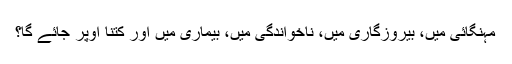
مہنگائی میں، بیروزگاری میں، ناخواندگی میں، بیماری میں اور کتنا اوپر جائے گا؟